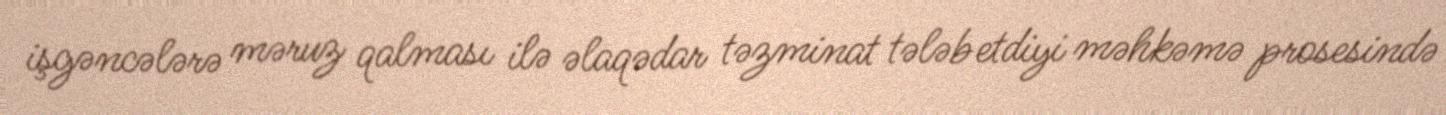
işgəncələrə məruz qalması ilə əlaqədar təzminat tələb etdiyi məhkəmə prosesində